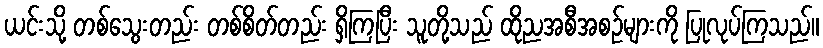
ယင်းသို့ တစ်သွေးတည်း တစ်စိတ်တည်း ရှိကြပြီး သူတို့သည် ထိုညအစီအစဉ်များကို ပြုလုပ်ကြသည်။